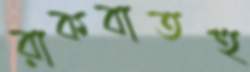
রাকবাতহু